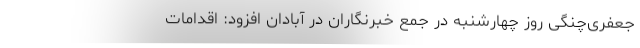
جعفری‌چنگی روز چهارشنبه در جمع خبرنگاران در آبادان افزود: اقدامات